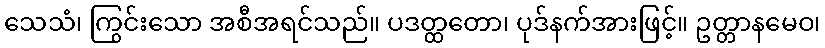
သေသံ၊ ကြွင်းသော အစီအရင်သည်။ ပဒတ္ထတော၊ ပုဒ်နက်အားဖြင့်။ ဥတ္တာနမေဝ၊